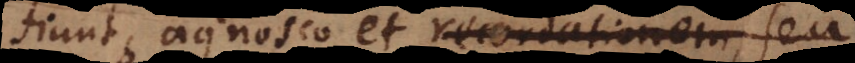
fiunt, agnosco et recordationem, seu